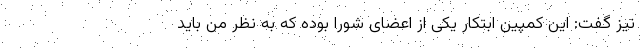
نیز گفت: این کمپین ابتکار یکی از اعضای شورا بوده که به نظر من باید